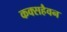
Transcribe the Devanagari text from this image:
कक्सहैवन